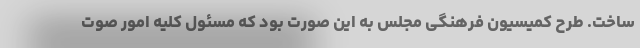
ساخت. طرح کمیسیون فرهنگی مجلس به این صورت بود که مسئول کلیه امور صوت